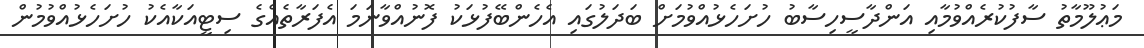
މަޢުލޫމާތު ސާފުކުރެއްވުމާއި އަންދާސީހިސާބު ހުށަހެޅުއްވުމަށް ބަދަލުގައި އެހެންބޭފުޅަކު ފޮނުއްވާނަމަ އެފަރާތެއްގެ ސިޓީއަކާއެކު ހުށަހެޅުއްވުމުން